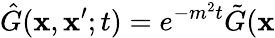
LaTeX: \hat{G}(\mathbf{x},\mathbf{x}^{\prime};t)=e^{-m^{2}t}\tilde{G}(\mathbf{x}